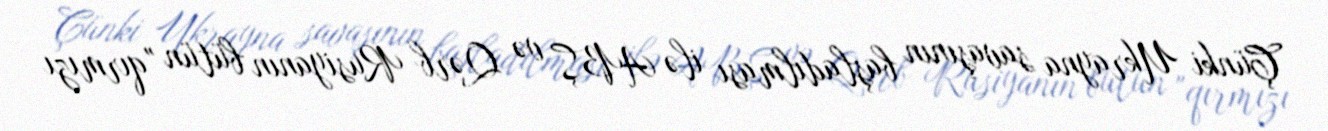
Çünki Ukrayna savaşının başladılması ilə ABŞ və Qərb Rusiyanın bütün "qırmızı